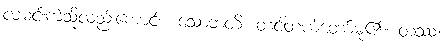
လမင်းကဲ့သို့လည်းကောင်း။ သောဘတိ၊ တင့်တယ်တော်မူ၏။ တဿ၊